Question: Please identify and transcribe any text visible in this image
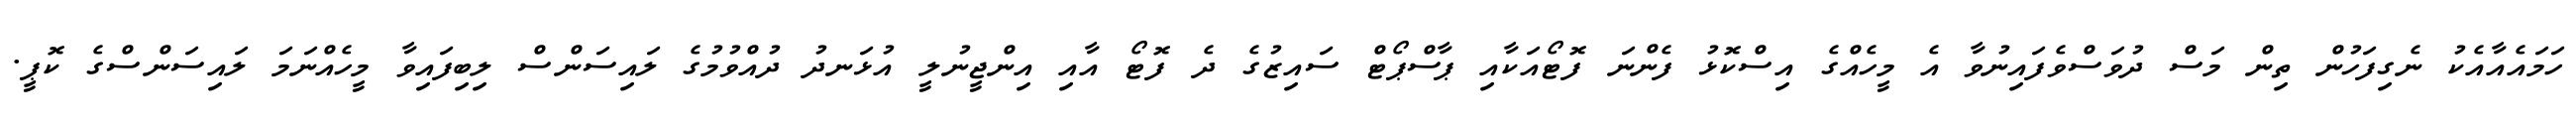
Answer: ހަމައެއާއެކު ނެގިފަހުން ތިން މަސް ދުވަސްވެފައިނުވާ އެ މީހެއްގެ އިސްކޮޅު ފެންނަ ފޮޓޯއަކާއި ޕާސްޕޯޓް ސައިޒުގެ ދެ ފޮޓޯ އާއި އިންޖީނުލީ އުޅަނދު ދުއްވުމުގެ ލައިސަންސް ލިބިފައިވާ މީހެއްނަމަ ލައިސަންސްގެ ކޮޕީ.